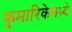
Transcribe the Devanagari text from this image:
कुमारिकेमध्ये